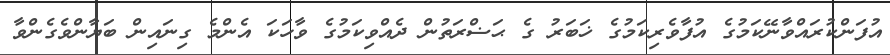
އުފަންކުރައްވާނޭކަމުގެ އުފާވެރިކަމުގެ ޚަބަރު ގެ ޙަޟްރަތުން ދެއްވިކަމުގެ ވާހަކަ އެންމެ ގިނައިން ބަޔާންވެގެންވާ